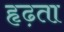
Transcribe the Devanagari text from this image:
हृढ़ता